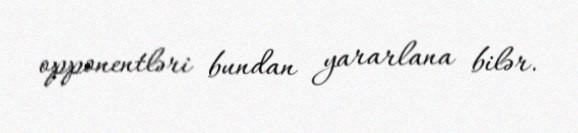
opponentləri bundan yararlana bilər.